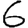
Digit: 6